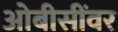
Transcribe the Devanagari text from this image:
ओबीसींवर